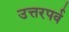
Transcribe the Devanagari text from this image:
उत्तरपर्व